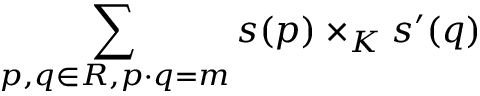
\sum _ { p , q \in R , p \cdot q = m } s ( p ) \times _ { K } s ^ { \prime } ( q )